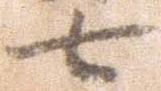
七